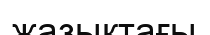
жазықтағы